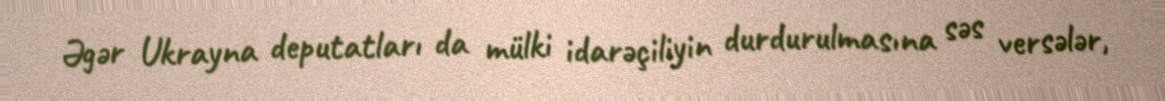
Əgər Ukrayna deputatları da mülki idarəçiliyin durdurulmasına səs versələr,